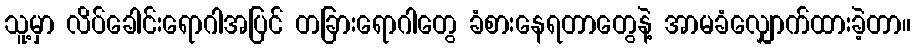
သူ့မှာ လိပ်ခေါင်းရောဂါအပြင် တခြားရောဂါတွေ ခံစားနေရတာတွေနဲ့ အာမခံလျှောက်ထားခဲ့တာ။